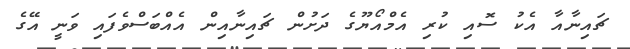
ޗައިނާއާ އެކު ސޮއި ކުރި އެމްއޯޔޫގެ ދަށުން ޗައިނާއިން އެއްބަސްވެފައި ވަނީ އޭގެ